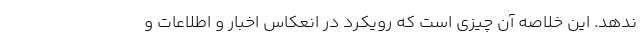
ندهد. این خلاصه آن چیزی است که رویکرد در انعکاس اخبار و اطلاعات و